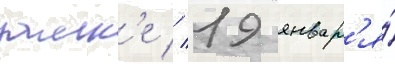
замк'е // 19 январ'я́